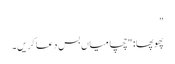
"
پھوپھا: "چچا میاں بس دعا کریں۔